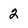
Character: 2